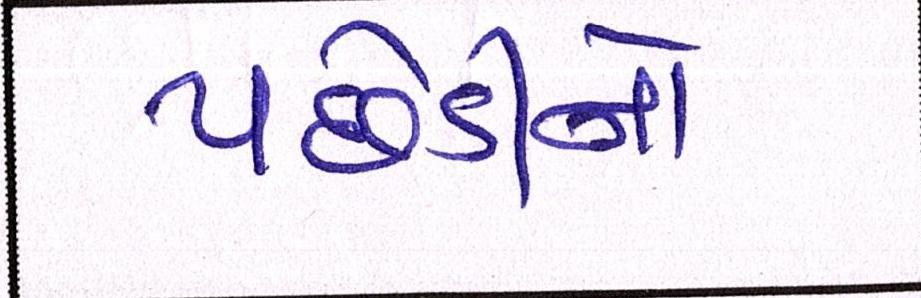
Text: પછેડીનો